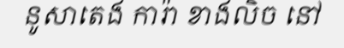
នូសាតេង ការ៉ា ខាងលិច នៅ